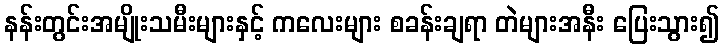
နန်းတွင်းအမျိုးသမီးများနှင့် ကလေးများ စခန်းချရာ တဲများအနီး ပြေးသွား၍